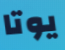
يوتا